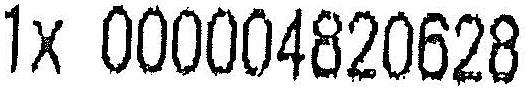
1X 000004820628